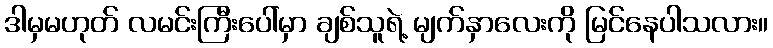
ဒါမှမဟုတ် လမင်းကြီးပေါ်မှာ ချစ်သူရဲ့ မျက်နှာလေးကို မြင်နေပါသလား။